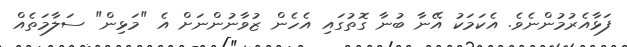
ފަޅާއެރުމުންނެވެ. އެކަމަކު އޭނާ ބުނާ ގޮތުގައި އެހެން ޒުވާނުންނަށް އެ "މަޅިން" ސަލާމަތެއް